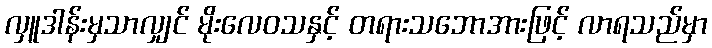
လှူဒါန်းမှသာလျှင် မိုးလေဝသနှင့် တရားသဘောအားဖြင့် လာရသည်မှာ